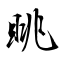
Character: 眺